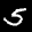
Label: 5